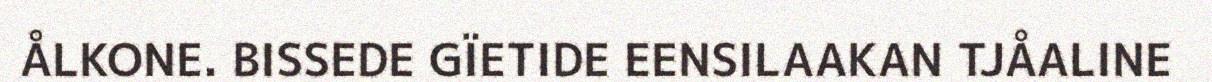
ÅLKONE. BISSEDE GÏETIDE EENSILAAKAN TJÅALINE